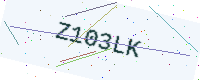
Text: Z103LK